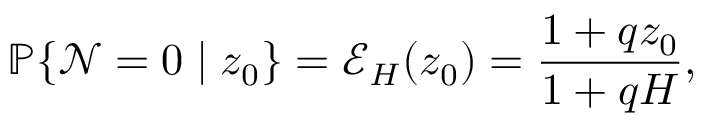
\mathbb { P } \{ \mathcal { N } = 0 \mid z _ { 0 } \} = \mathcal { E } _ { H } ( z _ { 0 } ) = \frac { 1 + q z _ { 0 } } { 1 + q H } ,